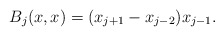
\begin{align*}B_j(x,x) = (x_{j+1} - x_{j-2})x_{j-1}.\end{align*}